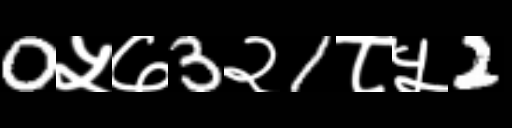
Text: 0५७3२1८५2